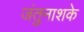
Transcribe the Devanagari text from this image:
जंतुनाशके